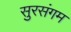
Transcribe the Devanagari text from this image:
सुरसंगम